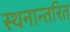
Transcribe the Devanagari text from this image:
स्थनान्तरित